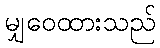
မျှဝေထားသည်